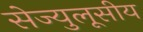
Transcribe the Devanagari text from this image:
सेज्युलूसीय